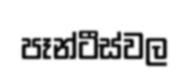
පෑන්ටීස්වල